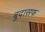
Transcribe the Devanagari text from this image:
बुदासफ